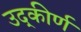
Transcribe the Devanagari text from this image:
उद्‌कीर्ण